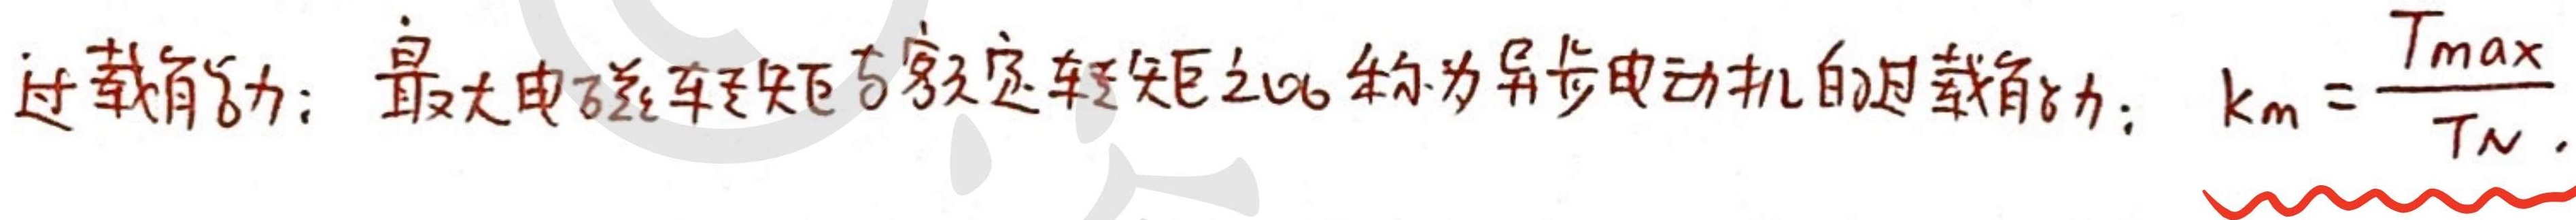
过载能力：最大电磁转矩与额定转矩之比称为异步电动机的过载能力：$k_m = \frac{T_{max}}{T_N}$。